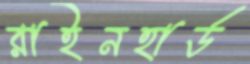
রাইনহার্ড